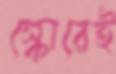
স্কোরেই